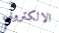
الالكتروني